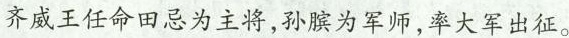
齐威王任命田忌为主将，孙膑为军师，率大军出征。